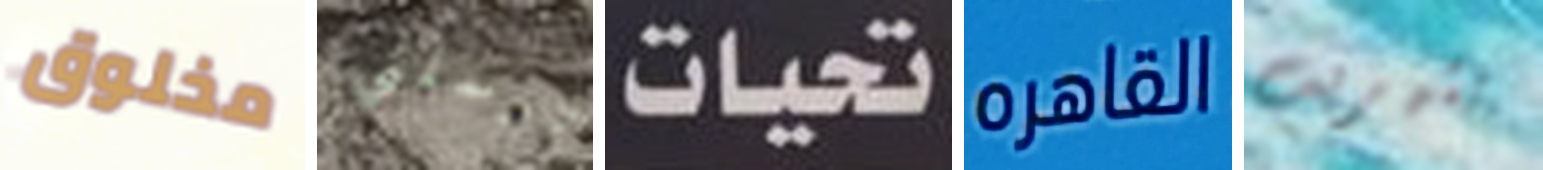
مخلوق ترسلني تحيات القاهره بتهريب